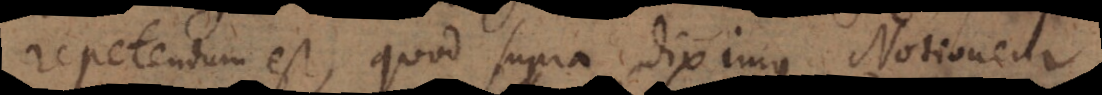
repetendum est, quod supra diximus, Notionem